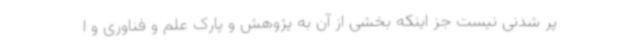
پر شدنی نیست جز اینکه بخشی از آن به پژوهش و پارک علم و فناوری و ا